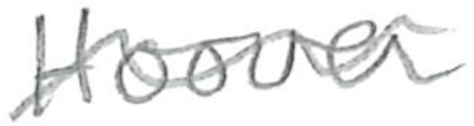
Text: Hoover
Cross-out: wave
Writing tool: pencil